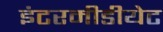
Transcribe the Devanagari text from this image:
इंटरमीडीयेट